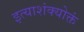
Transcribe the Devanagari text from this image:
इत्याशंक्योक्तं